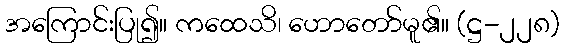
အကြောင်းပြု၍။ ကထေသိ၊ ဟောတော်မူ၏။ (ဋ္ဌ-၂၂၈)